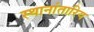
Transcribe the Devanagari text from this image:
स्थानांतारिय